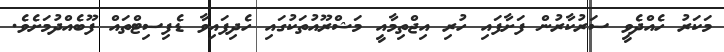
މަކަރު ހެއްދެވީ ސަރުކާރުން ފަށާފައި ހުރި އިޖްތިމާއީ މަޝްރޫއުތަކުގައި ހެދިފައިވާ ޑެފިސިޓްތައް ފޫބެއްދުމަށެވެ.